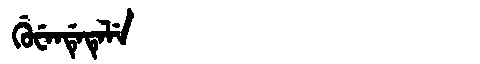
Manchu: ᡤᡠᠸᡝᠨᡩᡝᡨᡝᠯᡝ
Romanization: GUWENDETELE